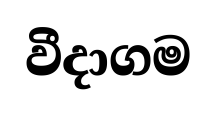
වීදාගම